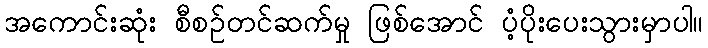
အကောင်းဆုံး စီစဉ်တင်ဆက်မှု ဖြစ်အောင် ပံ့ပိုးပေးသွားမှာပါ။